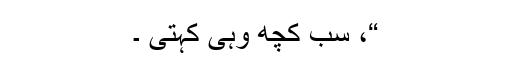
“، سب کچھ وہی کہتی ۔